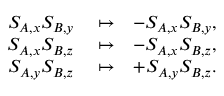
\begin{array} { r l r } { S _ { A , x } S _ { B , y } } & { { } \mapsto } & { - S _ { A , x } S _ { B , y } , } \\ { S _ { A , x } S _ { B , z } } & { { } \mapsto } & { - S _ { A , x } S _ { B , z } , } \\ { S _ { A , y } S _ { B , z } } & { { } \mapsto } & { + S _ { A , y } S _ { B , z } . } \end{array}